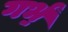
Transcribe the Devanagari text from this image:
गर्भं॒